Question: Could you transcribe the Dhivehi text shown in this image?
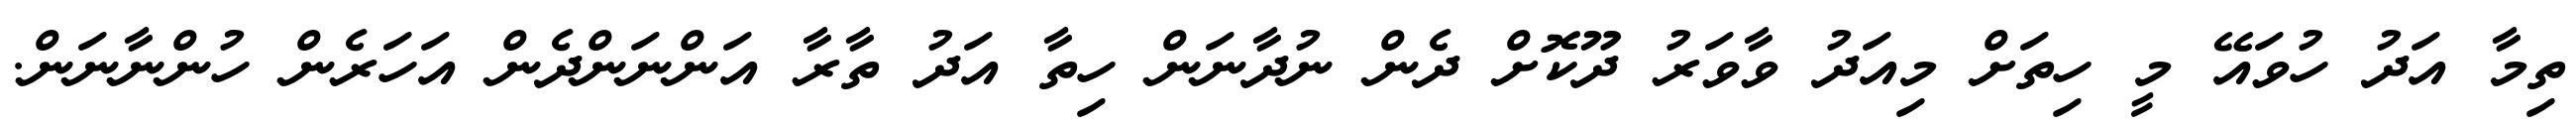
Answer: ތިމާ އަދު ހުވައޭ މީ ހިތަށް މިއަދު ވާވަރު ދޫކޮށް ދެން ނުދާނަން ހިތާ އަދު ތާރާ އަންނަންދެން އަހަރެން ހުންނާނަން.